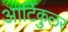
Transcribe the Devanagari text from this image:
आर्टिकुलर